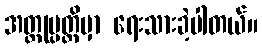
အတ္ထုပ္ပတ္တိမှာ ရေးသားခဲ့ပါတယ်။